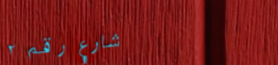
شارع رقم ٢